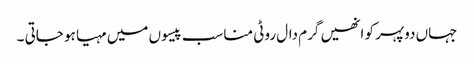
جہاں دوپہر کو انھیں گرم دال روٹی مناسب پیسوں میں مہیا ہو جاتی ۔